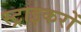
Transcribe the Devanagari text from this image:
स्ट्राइकरों